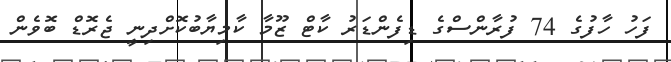
ފަހު ހާފުގެ 74 ފުރާންސްގެ ޑިފެންޑަރު ކާޓް ޒޫމާ ކާމިޔާބުކޮށްދިނީ ޖެރޮޑް ބޮވެން